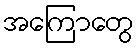
အကြောတွေ